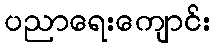
ပညာရေးကျောင်း